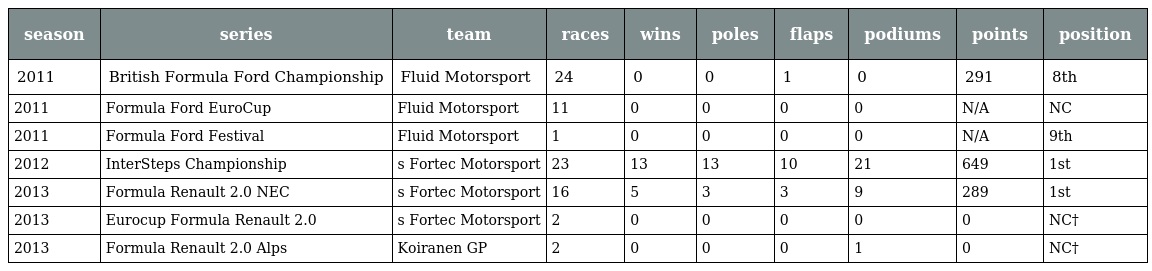
| season | series | team | races | wins | poles | flaps | podiums | points | position |
 | --- | --- | --- | --- | --- | --- | --- | --- | --- | --- |
 | 2011 | British Formula Ford Championship | Fluid Motorsport | 24 | 0 | 0 | 1 | 0 | 291 | 8th |
 | 2011 | Formula Ford EuroCup | Fluid Motorsport | 11 | 0 | 0 | 0 | 0 | N/A | NC |
 | 2011 | Formula Ford Festival | Fluid Motorsport | 1 | 0 | 0 | 0 | 0 | N/A | 9th |
 | 2012 | InterSteps Championship | s Fortec Motorsport | 23 | 13 | 13 | 10 | 21 | 649 | 1st |
 | 2013 | Formula Renault 2.0 NEC | s Fortec Motorsport | 16 | 5 | 3 | 3 | 9 | 289 | 1st |
 | 2013 | Eurocup Formula Renault 2.0 | s Fortec Motorsport | 2 | 0 | 0 | 0 | 0 | 0 | NC† |
 | 2013 | Formula Renault 2.0 Alps | Koiranen GP | 2 | 0 | 0 | 0 | 1 | 0 | NC† |